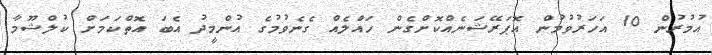
އުމުރުން 10 އަހަރުވުމުން އޮޕަރޭޝަނެއްކޮށްގެން ހައްލެއް ގެނެވުމުގެ އުންމީދު އެބަ އޮތްކަމަށް ކުލްޝޫމާ